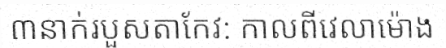
៣នាក់របួសតាកែវ: កាលពីវេលាម៉ោង